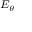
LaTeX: \scriptstyle { E _ { \theta } }